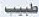
طبيب